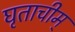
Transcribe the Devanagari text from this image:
घृताचीम्